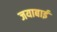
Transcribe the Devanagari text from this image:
जयाबाई